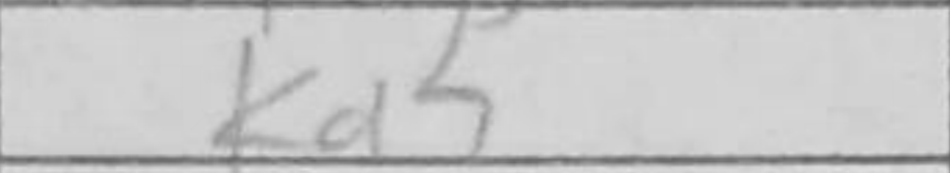
Transcription: Kd5